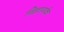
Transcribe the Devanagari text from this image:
विन्नायके